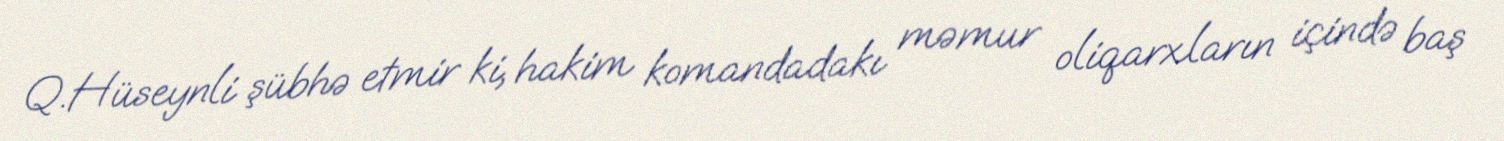
Q.Hüseynli şübhə etmir ki, hakim komandadakı məmur oliqarxların içində baş